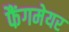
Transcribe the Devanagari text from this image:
फैंगमेयर